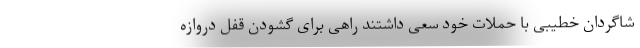
شاگردان خطیبی با حملات خود سعی داشتند راهی برای گشودن قفل دروازه